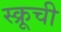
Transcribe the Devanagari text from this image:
स्क्रूची